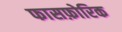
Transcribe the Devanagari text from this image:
फासफ़ोरिक